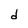
Character: d